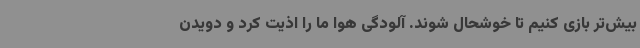
بیش‌تر بازی کنیم تا خوشحال شوند. آلودگی هوا ما را اذیت کرد و دویدن